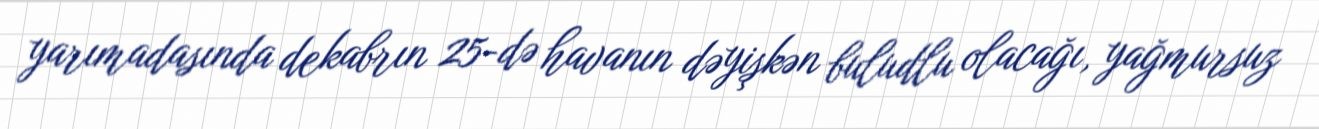
yarımadasında dekabrın 25-də havanın dəyişkən buludlu olacağı, yağmursuz